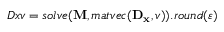
D x v = s o l v e ( \mathbf { M } , m a t v e c ( \mathbf { D _ { x } } , v ) ) . r o u n d ( \varepsilon )